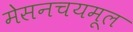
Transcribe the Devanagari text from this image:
मेसनचयमूल